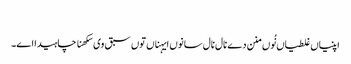
‏
اپنیاں غلطیاں نُوں منن دے نال نال سانوں ایہناں توں سبق وی سکھنا چاہیدا اے۔